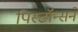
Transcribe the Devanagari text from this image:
पिस्टॉन्सने